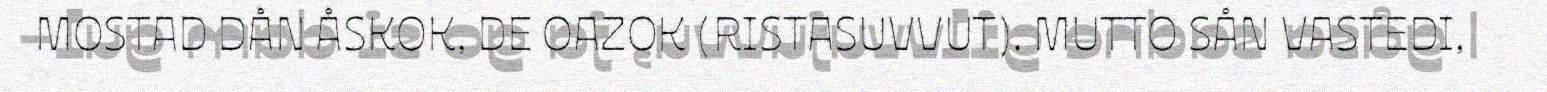
MOSTAD DÅN ÅSKOK, DE OAZOK (RISTASUVVUT). MUTTO SÅN VASTEDI,